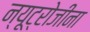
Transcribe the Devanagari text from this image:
न्यूट्रोजीना